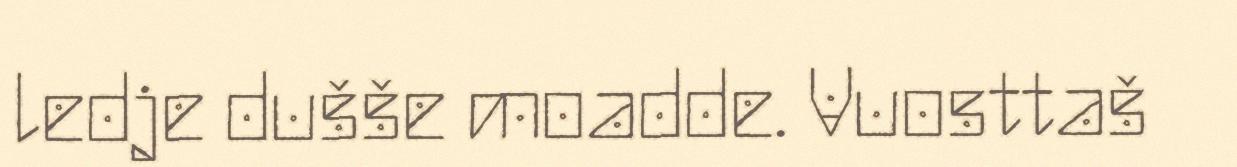
ledje dušše moadde. Vuosttaš